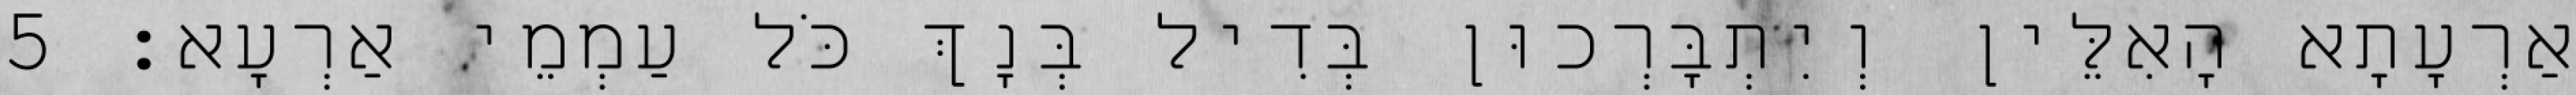
אַרְעָתָא הָאִלֵּין וְיִתְבָּרְכוּן בְּדִיל בְּנָךְ כֹּל עַמְמֵי אַרְעָא׃ 5